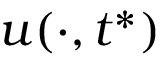
u ( \cdot , t ^ { * } )